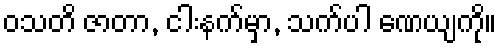
ဝသတိ ဇာတာ, ငါးနက်မှာ, သက်ပါ ဏေယျကို။